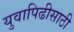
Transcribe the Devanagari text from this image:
युवापिढीसाठी